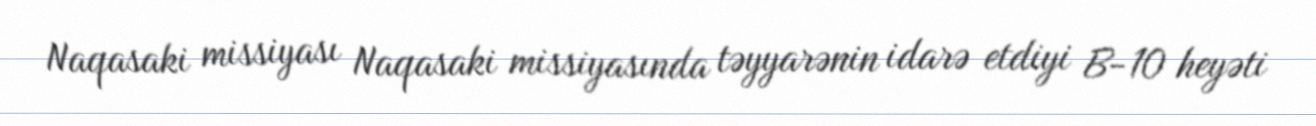
Naqasaki missiyası Naqasaki missiyasında təyyarənin idarə etdiyi B-10 heyəti